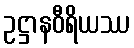
ဥဋ္ဌာနဝီရိယဿ